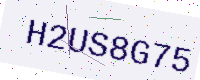
Text: H2US8G75